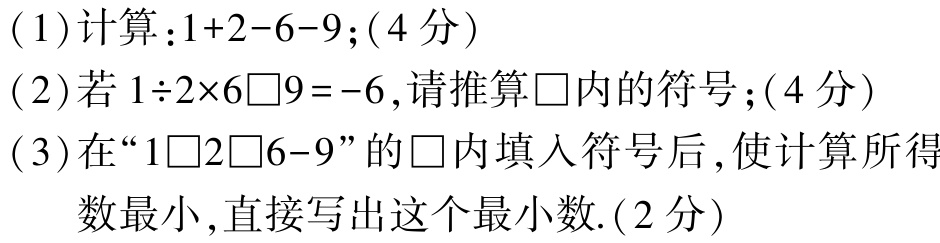
(1)计算：\(1 + 2 - 6 - 9\);(4 分)
(2)若\(1\div2\times6\square9 = - 6\), 请推算\(\square\)内的符号；(4 分)
(3)在“\(1\square2\square6 - 9\)”的\(\square\)内填入符号后, 使计算所得
数最小, 直接写出这个最小数.(2 分)